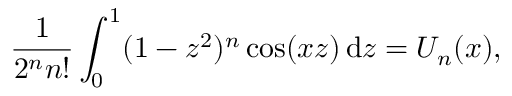
{ \frac { 1 } { 2 ^ { n } n ! } } \int _ { 0 } ^ { 1 } ( 1 - z ^ { 2 } ) ^ { n } \cos ( x z ) \, \mathrm { d } z = U _ { n } ( x ) ,